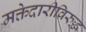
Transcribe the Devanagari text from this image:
मक्तेदारीविरुद्ध